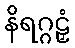
နိရဂ္ဂဠှံ